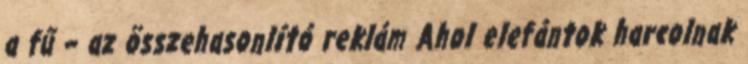
a fű – az összehasonlító reklám Ahol elefántok harcolnak